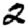
Digit: 2